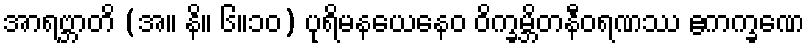
အာရဗ္ဘာတိ (အ။ နိ။ ၆။၁၀) ပုရိမနယေနေဝ ဝိက္ခမ္ဘိတနီဝရဏဿ ဧကက္ခဏေ